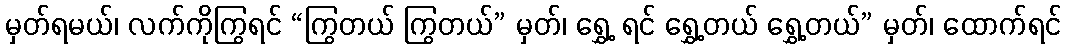
မှတ်ရမယ်၊ လက်ကိုကြွရင် “ကြွတယ် ကြွတယ်” မှတ်၊ ရွှေ့ ရင် ရွှေ့တယ် ရွှေ့တယ်” မှတ်၊ ထောက်ရင်